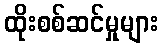
ထိုးစစ်ဆင်မှုများ